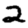
Digit: 2